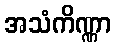
အသံကိဏ္ဏာ